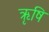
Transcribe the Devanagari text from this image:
ऋृषि